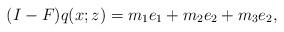
LaTeX: \begin{align*}(I-F)q(x;z)=m_1 e_1+m_2 e_2+m_3 e_2,\end{align*}